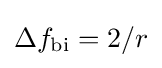
\Delta f_{\text{bi}}=2/r